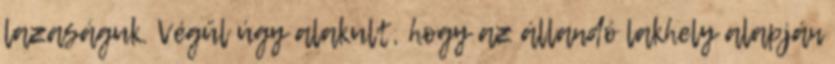
lazaságuk. Végül úgy alakult, hogy az állandó lakhely alapján